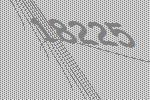
18225